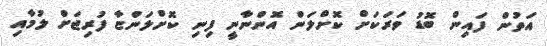
އަތުން ފައިން ބޮޑު ވަރަކަށް ކޮށްލަން އޮންނާނީ ފިނި ކޮށްލަންޏާ ފުރިޖަށް ލުމާއި